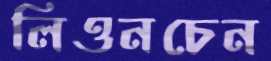
লিওনচেন